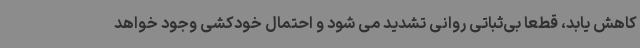
کاهش یابد، قطعا بی‌ثباتی روانی تشدید می شود و احتمال خودکشی وجود خواهد